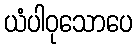
ယံပါဝုသောပေ